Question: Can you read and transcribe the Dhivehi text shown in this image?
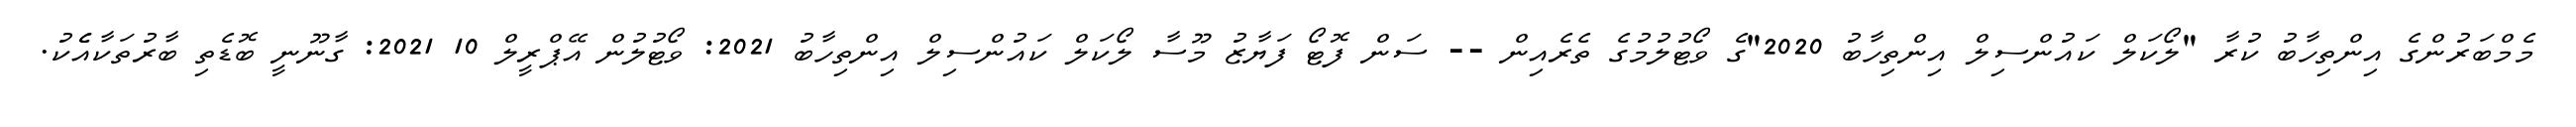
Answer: މެމްބަރުންގެ އިންތިހާބު ކުރާ "ލޯކަލް ކައުންސިލް އިންތިހާބު 2020"ގެ ވޯޓުލުމުގެ ތެރެއިން -- ސަން ފޮޓޯ ފަޔާޒު މޫސާ ލޯކަލް ކައުންސިލް އިންތިހާބު 2021: ވޯޓުލުން އޭޕްރީލް 10 2021: ގާނޫނީ ބޮޑެތި ބާރުތަކާއެެކު.